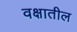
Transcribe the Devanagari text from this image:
वक्षातील